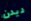
ديدن